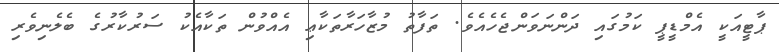
ޕާޓީއަކީ އެމްޑީޕީ ކަމުގައި ދަންނަވަންޖެހެއެވެ. ތަފާތު މުޒާހަރާތަކާޢި އެއްވުން ތަކާއެކު ސަރުކާރުގެ ބެލެނިވެރި